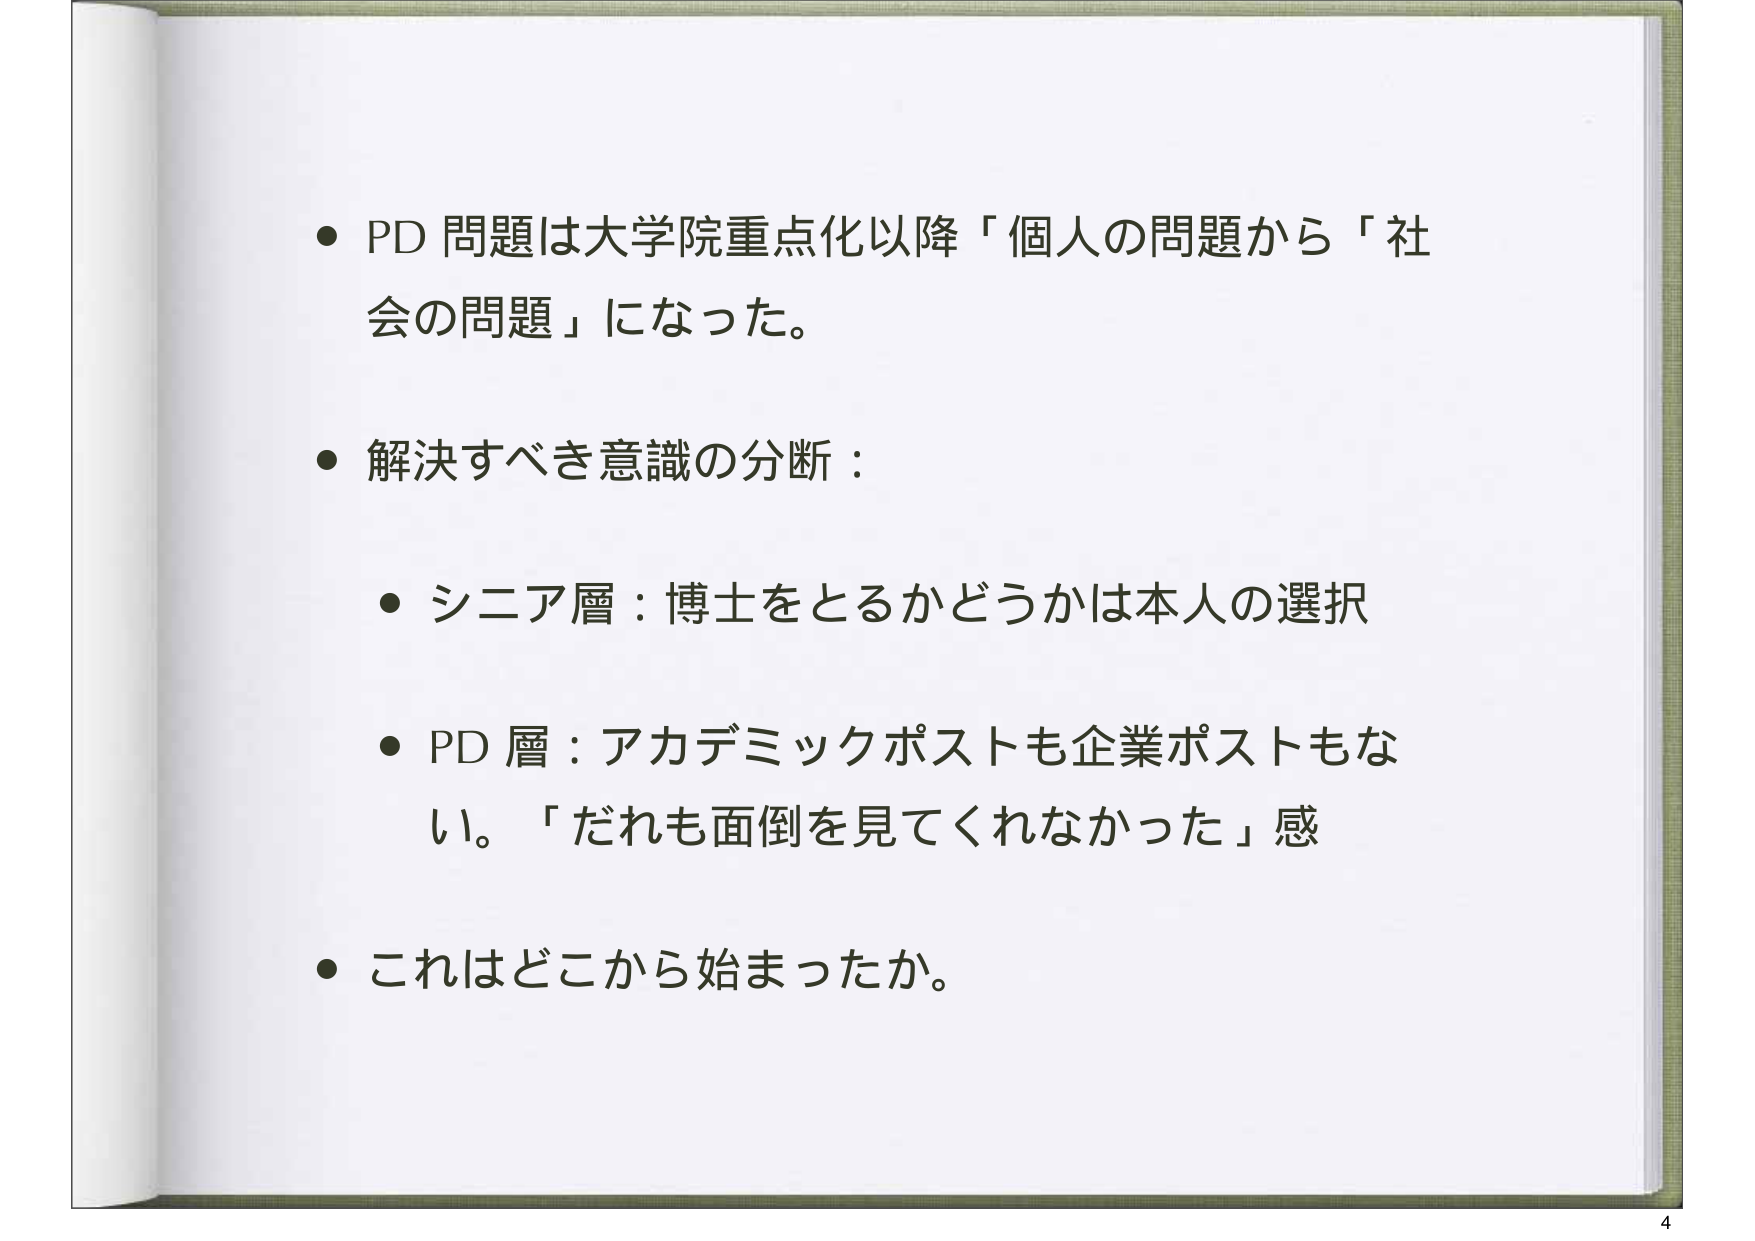
• PD 問題は大学院重点化以降「個人の問題から「社会の問題」になった。

• 解決すべき意識の分断：

• シニア層：博士をとるかどうかは本人の選択

• PD 層：アカデミックポストも企業ポストもない。「だれも面倒を見てくれなかった」感

• これはどこから始まったか。

4